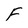
Character: F